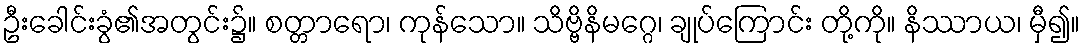
ဦးခေါင်းခွံ၏အတွင်း၌။ စတ္တာရော၊ ကုန်သော။ သိဗ္ဗိနိမဂ္ဂေ၊ ချုပ်ကြောင်း တို့ကို။ နိဿာယ၊ မှီ၍။